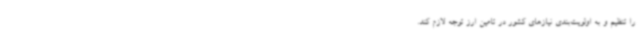
را تنظیم و به اولویت‌بندی نیازهای کشور در تامین ارز توجه لازم کند.